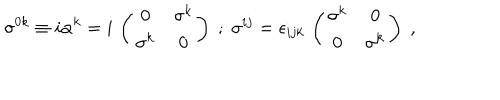
LaTeX: \sigma ^ { 0 k } \equiv i \alpha ^ { k } = i \, \left( \begin{array} { c c } { { 0 } } & { { \sigma ^ { k } } } \\ { { \sigma ^ { k } } } & { { 0 } } \\ \end{array} \right) \; ; \; \sigma ^ { i j } = \epsilon _ { i j k } \, \left( \begin{array} { c c } { { \sigma ^ { k } } } & { { 0 } } \\ { { 0 } } & { { \sigma ^ { k } } } \\ \end{array} \right) \; ,